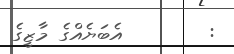
:        އެބަޔެއްގެ މާޒީގެ